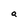
Character: a